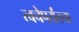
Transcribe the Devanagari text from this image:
त्वचेपर्यंतचा